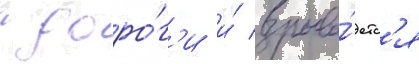
с доро́г'и и́ взрыва́етс'я